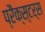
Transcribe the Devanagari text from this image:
प्रैंक्स्टर्स